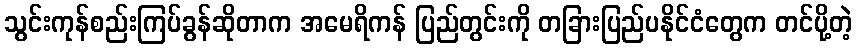
သွင်းကုန်စည်းကြပ်ခွန်ဆိုတာက အမေရိကန် ပြည်တွင်းကို တခြားပြည်ပနိုင်ငံတွေက တင်ပို့တဲ့